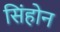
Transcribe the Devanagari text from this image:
सिंहोन